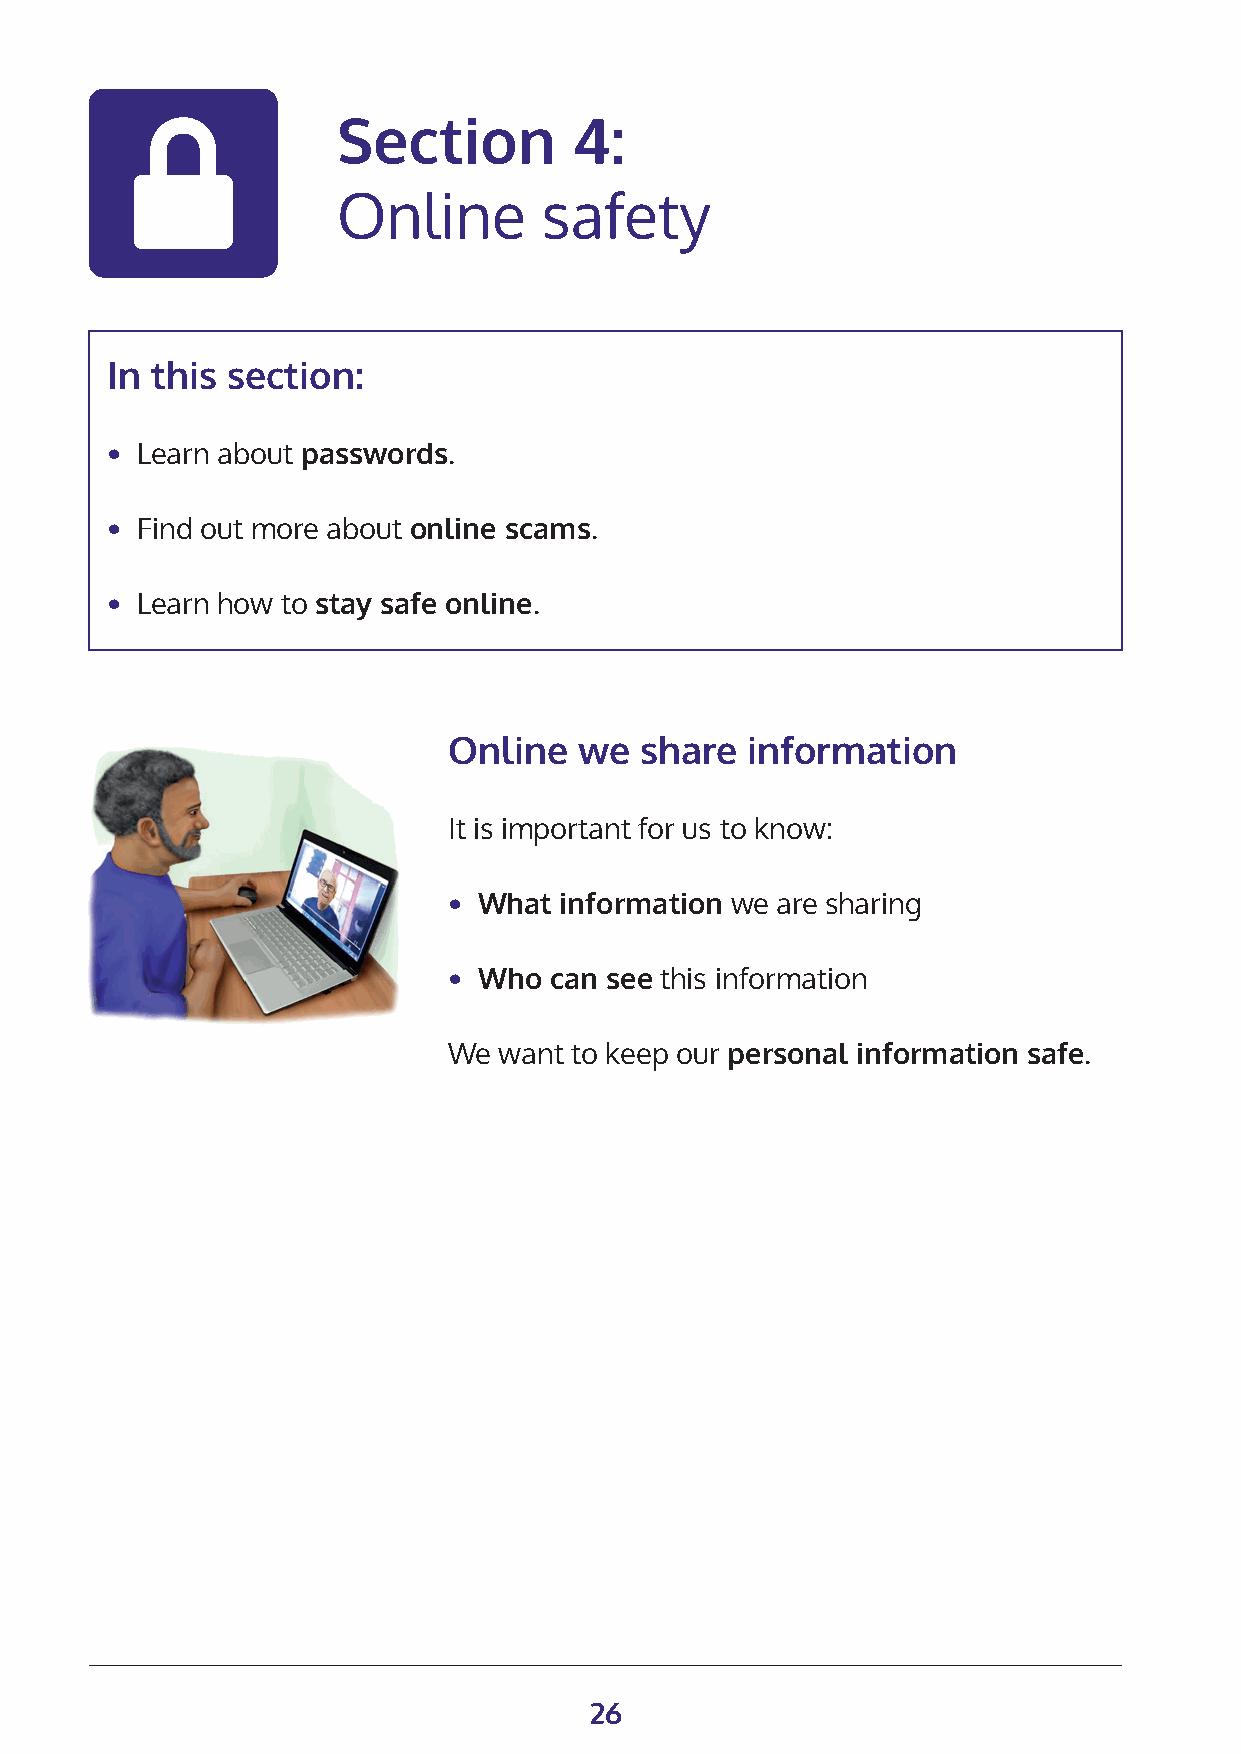
Section         4:
 Online        safety
 In this section:
 • Learn about passwords.
 • Find out more about online scams.
 • Learn how to stay safe online.
 Online  we  share  information
 It is important for us to know:
 • What information we are sharing
 • Who can see this information
 We want to keep our personal information safe.
 26